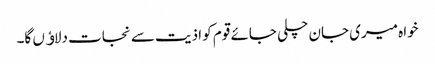
خواہ میری جان چلی جائے قوم کو اذیت سے نجات دلاﺅں گا۔